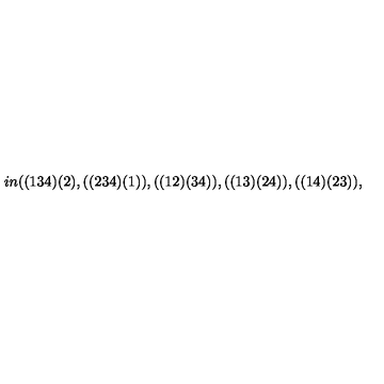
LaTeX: \hspace { 1 i n } ( ( 1 3 4 ) ( 2 ) , ( ( 2 3 4 ) ( 1 ) ) , ( ( 1 2 ) ( 3 4 ) ) , ( ( 1 3 ) ( 2 4 ) ) , ( ( 1 4 ) ( 2 3 ) ) ,